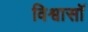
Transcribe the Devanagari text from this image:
विश्वासॉ